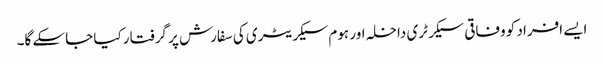
ایسے افراد کو وفاقی سیکرٹری داخلہ اور ہوم سیکریٹری کی سفارش پر گرفتار کیا جاسکے گا۔